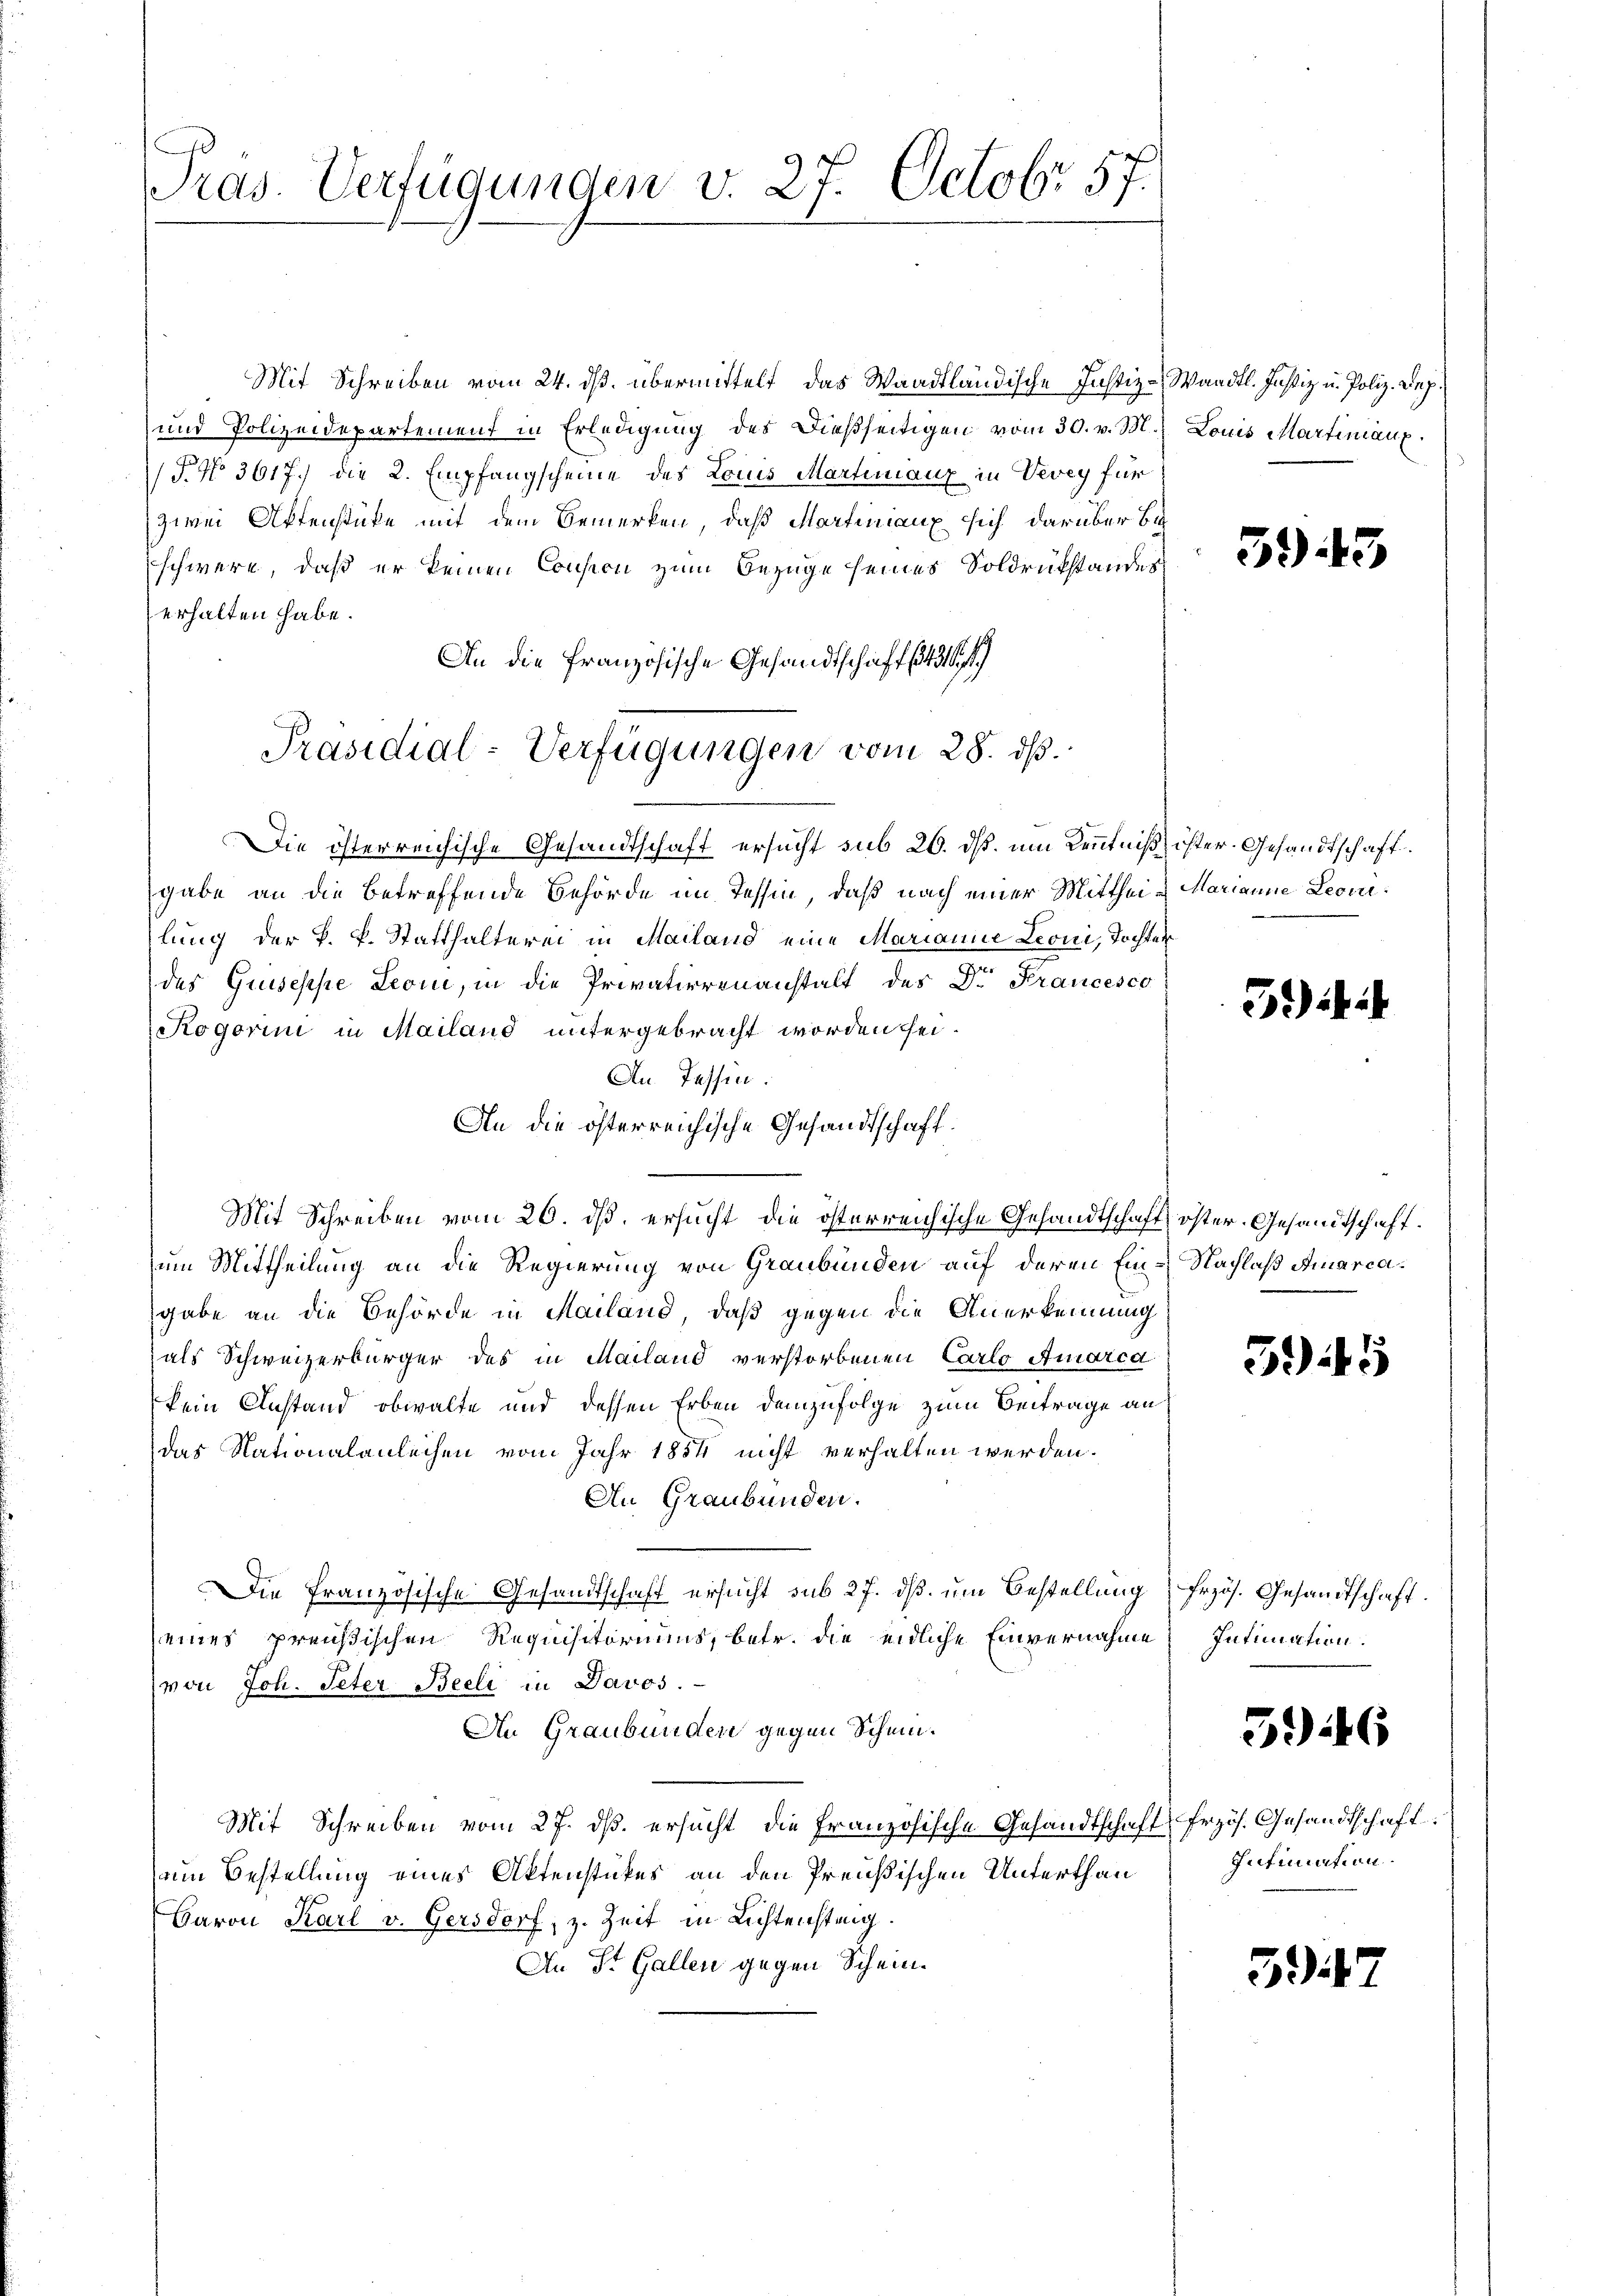
t
Pras. Verfügungen v. 27. Octobr 57.

Mit Schreiben vom 24. ds. übermittelt, das Waadtländische Justiz-Waadt. Justiz u. Poliz. Dep.
und Polizeidepartement in Erledigung des dießseitigen vom 30. v. M.
T. No 3617. die 2. Empfangscheine des Louis Martinanz in Vevey für
zwei Aktenstücke mit dem Bemerken, daß Martiniaux sich darüber be
schwere, daß er keinen Consecu zum Bezüge seines Soldrükstandes
erhalten habe.
An die Französische Gesandtschaft 431
Die österreichische Gesandtschaft ersucht sub 20. dß. um Kenntniß ister. Gesandtschaft
gabe an die betreffende Behörde im Tessin, daß nach einer Mitthei- Marianne Leonlung der k. k. Statthalterei in Mailand eine Marianne Leoni, Tochter
des Gruseppe Leon, in die Privatierenanstalt des Dr. Krancesco
Rogorini in Mailand untergebracht worden sei.
An Tessin.
An die österreichische Gesandtschaft.
Mit Schreiben vom 26. ds. ersucht die österreichische Gesandtschaft öster. Gesandtschaft.
um Mittheilung an die Regierung von Graubünden auf deren Ein-Nachlaß Amarcagabe an die Behörde in Mailand, daß gegen die Anerkennung
als Schweizerbürger des in Mailand verstorbenen Carlo Amarca
kein Anstand obwalte und dessen Erben demzufolge zum Beiträge an
das Nationalanleihen vom Jahr 1854 nicht verhalten werden.
An Graubünden.
Die Französische Gesandtschaft ersucht sub 27. ds. um Bestellung frzös. Gesandtschaft.
eines preußischen Requisitoriums, betr. die eidliche Einvernahme
von Joh. Peter Beeli in Davos.
An Graubünden gegen Schein.
Mit Schreiben vom 27. ds. ersucht die Französische Gesandtschaft frzös. Gesandtschaft
am Bestellung eines Aktenstückes an den Preußischen Unterthan
Baron Karl v. Gersdorf, z. Zeit in Lichtensteig.
An St. Gallen gegen Schein¬

Präsidial-Verfügungen vom 28. ds.

Louis Martiniaux.

5943

3)

545

Intimation.

596

Intimation.

57